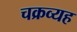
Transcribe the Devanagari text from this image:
चक्रव्यह